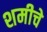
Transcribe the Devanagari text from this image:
शमीचे